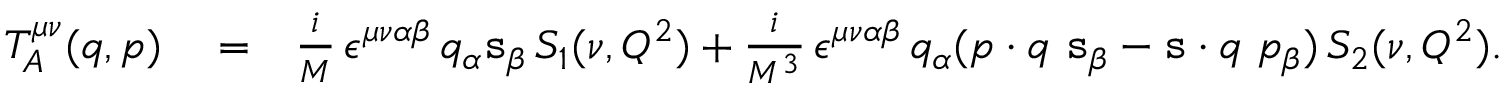
\begin{array} { r l r } { T _ { A } ^ { \mu \nu } ( q , p ) } & { { } = } & { \frac { i } { M } \, \epsilon ^ { \mu \nu \alpha \beta } \, q _ { \alpha } \mathtt { s } _ { \beta } \, S _ { 1 } ( \nu , Q ^ { 2 } ) + \frac { i } { M ^ { 3 } } \, \epsilon ^ { \mu \nu \alpha \beta } \, q _ { \alpha } ( p \cdot q \ \mathtt { s } _ { \beta } - \mathtt { s } \cdot q \ p _ { \beta } ) \, S _ { 2 } ( \nu , Q ^ { 2 } ) . } \end{array}